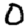
Digit: 0